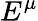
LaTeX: E^{\mu}